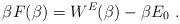
LaTeX: \begin{align*}\beta F(\beta)=W^E(\beta)-\beta E_0~.\end{align*}